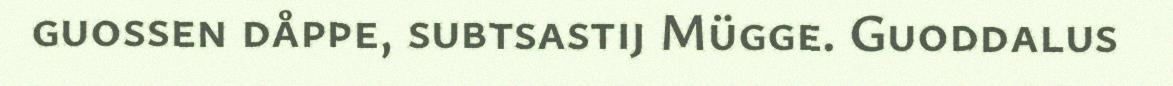
guossen dåppe, subtsastij Mügge. Guoddalus